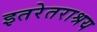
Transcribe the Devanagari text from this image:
इतरेतराश्रय